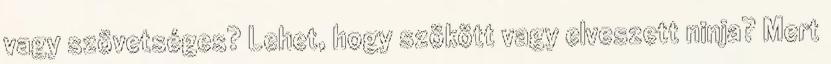
vagy szövetséges? Lehet, hogy szökött vagy elveszett ninja? Mert